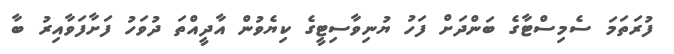
ފުރަތަމަ ސެމިސްޓާގެ ބަންދަށް ފަހު ޔުނިވާސިޓީގެ ކިޔެވުން އާދީއްތަ ދުވަހު ފަށާފަވާއިރު ބާ